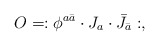
\begin{align*}O=:\phi^{a\bar a}\cdot J_a\cdot\bar J_{\bar a}:,\end{align*}